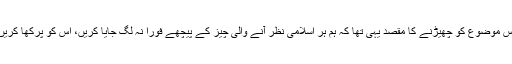
اس موضوع کو چھیڑنے کا مقصد یہی تھا کہ ہم ہر اسلامی نظر آنے والی چیز کے پیچھے فورا نہ لگ جایا کریں، اس کو پرکھا کریں۔